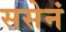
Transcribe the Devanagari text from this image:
ससेनं